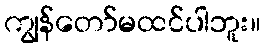
ကျွန်တော်မထင်ပါဘူး။